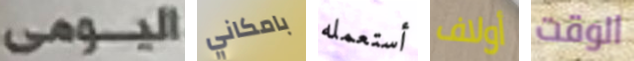
اليومى بامكاني أستعمله أولاف الوقت